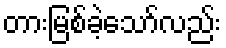
တားမြစ်ခဲ့သော်လည်း